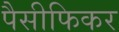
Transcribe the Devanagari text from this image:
पैसीफिकर